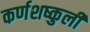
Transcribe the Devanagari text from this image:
कर्णशष्कुली